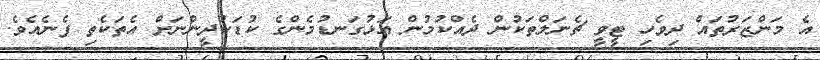
އެ މަންޒަރުތައް ދިވެހި ޓީވީ ޗެނަލްތަކުން ދެއްކުމުން އަޅުގަނޑުމެންގެ ކުޑަކުދީންނަށް އެތަކެތި ފެނެއެވެ.